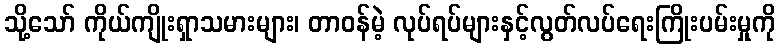
သို့သော် ကိုယ်ကျိုးရှာသမားများ၊ တာဝန်မဲ့ လုပ်ရပ်များနှင့်လွတ်လပ်ရေးကြိုးပမ်းမှုကို